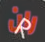
ران